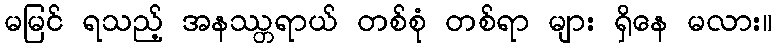
မမြင် ရသည့် အနဿ္တရာယ် တစ်စုံ တစ်ရာ များ ရှိနေ မလား။